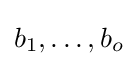
b_{1},\dots ,b_{o}